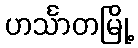
ဟင်္သာတမြို့